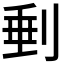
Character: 𠝶